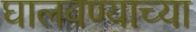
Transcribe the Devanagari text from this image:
घालवण्याच्या